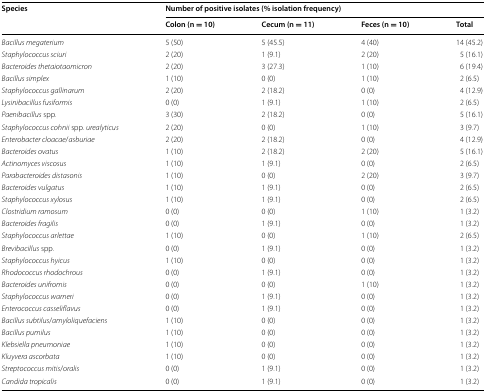
<table><thead><tr><td rowspan="2"><b>Species</b></td><td colspan="4"><b>Number of positive isolates (% isolation frequency)</b></td></tr><tr><td><b>Colon (n = 10)</b></td><td><b>Cecum (n = 11)</b></td><td><b>Feces (n = 10)</b></td><td><b>Total</b></td></tr></thead><tbody><tr><td><i>Bacillus megaterium</i></td><td>5 (50)</td><td>5 (45.5)</td><td>4 (40)</td><td>14 (45.2)</td></tr><tr><td><i>Staphylococcus sciuri</i></td><td>2 (20)</td><td>1 (9.1)</td><td>2 (20)</td><td>5 (16.1)</td></tr><tr><td><i>Bacteroides thetaiotaomicron</i></td><td>2 (20)</td><td>3 (27.3)</td><td>1 (10)</td><td>6 (19.4)</td></tr><tr><td><i>Bacillus simplex</i></td><td>1 (10)</td><td>0 (0)</td><td>1 (10)</td><td>2 (6.5)</td></tr><tr><td><i>Staphylococcus gallinarum</i></td><td>2 (20)</td><td>2 (18.2)</td><td>0 (0)</td><td>4 (12.9)</td></tr><tr><td><i>Lysinibacillus fusiformis</i></td><td>0 (0)</td><td>1 (9.1)</td><td>1 (10)</td><td>2 (6.5)</td></tr><tr><td><i>Paenibacillus</i> spp.</td><td>3 (30)</td><td>2 (18.2)</td><td>0 (0)</td><td>5 (16.1)</td></tr><tr><td><i>Staphylococcus cohnii</i> spp. <i>urealyticus</i></td><td>2 (20)</td><td>0 (0)</td><td>1 (10)</td><td>3 (9.7)</td></tr><tr><td><i>Enterobacter cloacae</i>/<i>asburiae</i></td><td>2 (20)</td><td>2 (18.2)</td><td>0 (0)</td><td>4 (12.9)</td></tr><tr><td><i>Bacteroides ovatus</i></td><td>1 (10)</td><td>2 (18.2)</td><td>2 (20)</td><td>5 (16.1)</td></tr><tr><td><i>Actinomyces viscosus</i></td><td>1 (10)</td><td>1 (9.1)</td><td>0 (0)</td><td>2 (6.5)</td></tr><tr><td><i>Parabacteroides distasonis</i></td><td>1 (10)</td><td>0 (0)</td><td>2 (20)</td><td>3 (9.7)</td></tr><tr><td><i>Bacteroides vulgatus</i></td><td>1 (10)</td><td>1 (9.1)</td><td>0 (0)</td><td>2 (6.5)</td></tr><tr><td><i>Staphylococcus xylosus</i></td><td>1 (10)</td><td>1 (9.1)</td><td>0 (0)</td><td>2 (6.5)</td></tr><tr><td><i>Clostridium ramosum</i></td><td>0 (0)</td><td>0 (0)</td><td>1 (10)</td><td>1 (3.2)</td></tr><tr><td><i>Bacteroides fragilis</i></td><td>0 (0)</td><td>1 (9.1)</td><td>0 (0)</td><td>1 (3.2)</td></tr><tr><td><i>Staphylococcus arlettae</i></td><td>1 (10)</td><td>0 (0)</td><td>1 (10)</td><td>2 (6.5)</td></tr><tr><td><i>Brevibacillus</i> spp.</td><td>0 (0)</td><td>1 (9.1)</td><td>0 (0)</td><td>1 (3.2)</td></tr><tr><td><i>Staphylococcus hyicus</i></td><td>1 (10)</td><td>0 (0)</td><td>0 (0)</td><td>1 (3.2)</td></tr><tr><td><i>Rhodococcus rhodochrous</i></td><td>0 (0)</td><td>1 (9.1)</td><td>0 (0)</td><td>1 (3.2)</td></tr><tr><td><i>Bacteroides unifromis</i></td><td>0 (0)</td><td>0 (0)</td><td>1 (10)</td><td>1 (3.2)</td></tr><tr><td><i>Staphylococcus warneri</i></td><td>0 (0)</td><td>1 (9.1)</td><td>0 (0)</td><td>1 (3.2)</td></tr><tr><td><i>Enterococcus casseliflavus</i></td><td>0 (0)</td><td>1 (9.1)</td><td>0 (0)</td><td>1 (3.2)</td></tr><tr><td><i>Bacillus subtilus</i>/<i>amyloliquefaciens</i></td><td>1 (10)</td><td>0 (0)</td><td>0 (0)</td><td>1 (3.2)</td></tr><tr><td><i>Bacillus pumilus</i></td><td>1 (10)</td><td>0 (0)</td><td>0 (0)</td><td>1 (3.2)</td></tr><tr><td><i>Klebsiella pneumoniae</i></td><td>1 (10)</td><td>0 (0)</td><td>0 (0)</td><td>1 (3.2)</td></tr><tr><td><i>Kluyvera ascorbata</i></td><td>1 (10)</td><td>0 (0)</td><td>0 (0)</td><td>1 (3.2)</td></tr><tr><td><i>Streptococcus mitis</i>/<i>oralis</i></td><td>0 (0)</td><td>1 (9.1)</td><td>0 (0)</td><td>1 (3.2)</td></tr><tr><td><i>Candida tropicalis</i></td><td>0 (0)</td><td>1 (9.1)</td><td>0 (0)</td><td>1 (3.2)</td></tr></tbody></table>